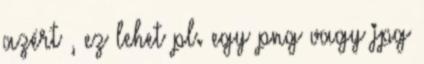
azért , ez lehet pl. egy png vagy jpg